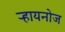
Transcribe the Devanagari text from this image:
ऱ्हायनोज